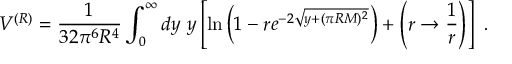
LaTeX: V ^ { ( R ) } = \frac { 1 } { 3 2 \pi ^ { 6 } R ^ { 4 } } \int _ { 0 } ^ { \infty } d y \ y \left[ \ln \left( 1 - r e ^ { - 2 \sqrt { y + ( \pi R M ) ^ { 2 } } } \right) + \left( r \rightarrow \frac { 1 } { r } \right) \right] \ .